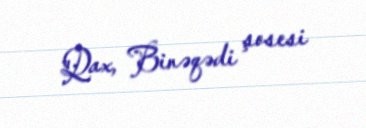
Qax, Binəqədi şosesi